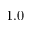
1 . 0